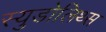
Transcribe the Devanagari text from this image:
स्युडोलिथ्स